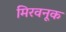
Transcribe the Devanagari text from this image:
मिरवनूक